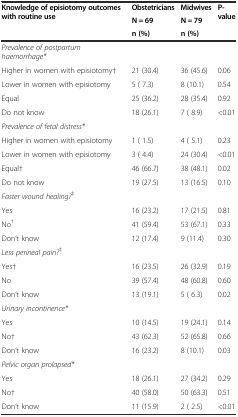
| <ROWSPAN=3> Knowledge of episiotomy outcomes with routine use | Obstetricians | Midwives | <ROWSPAN=3> P-value |
 | N = 69 | N = 79 |
 | n (%) | n (%) |
 | --- | --- | --- | --- |
 | Prevalence of postpartum haemorrhage* |  |  |  |
 | Higher in women with episiotomy† | 21 (30.4) | 36 (45.6) | 0.06 |
 | Lower in women with episiotomy | 5 ( 7.3) | 8 (10.1) | 0.54 |
 | Equal | 25 (36.2) | 28 (35.4) | 0.92 |
 | Do not know | 18 (26.1) | 7 ( 8.9) | <0.01 |
 | Prevalence of fetal distress* |  |  |  |
 | Higher in women with episiotomy | 1 ( 1.5) | 4 ( 5.1) | 0.23 |
 | Lower in women with episiotomy | 3 ( 4.4) | 24 (30.4) | <0.01 |
 | Equal† | 46 (66.7) | 38 (48.1) | 0.02 |
 | Do not know | 19 (27.5) | 13 (16.5) | 0.10 |
 | Faster wound healing?‡ |  |  |  |
 | Yes | 16 (23.2) | 17 (21.5) | 0.81 |
 | No† | 41 (59.4) | 53 (67.1) | 0.33 |
 | Don’t know | 12 (17.4) | 9 (11.4) | 0.30 |
 | Less perineal pain?‡ |  |  |  |
 | Yes† | 16 (23.5) | 26 (32.9) | 0.19 |
 | No | 39 (57.4) | 48 (60.8) | 0.60 |
 | Don’t know | 13 (19.1) | 5 ( 6.3) | 0.02 |
 | Urinary incontinence* |  |  |  |
 | Yes | 10 (14.5) | 19 (24.1) | 0.14 |
 | No† | 43 (62.3) | 52 (65.8) | 0.66 |
 | Don’t know | 16 (23.2) | 8 (10.1) | 0.03 |
 | Pelvic organ prolapsed* |  |  |  |
 | Yes | 18 (26.1) | 27 (34.2) | 0.29 |
 | No† | 40 (58.0) | 50 (63.3) | 0.51 |
 | Don’t know | 11 (15.9) | 2 ( 2.5) | <0.01 |